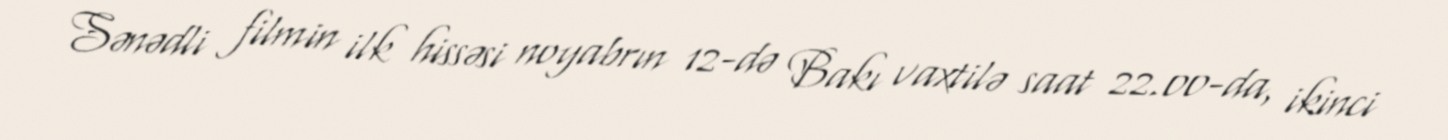
Sənədli filmin ilk hissəsi noyabrın 12-də Bakı vaxtilə saat 22.00-da, ikinci